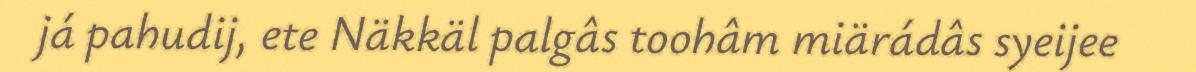
já pahudij, ete Näkkäl palgâs toohâm miärádâs syeijee